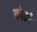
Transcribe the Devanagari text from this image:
कोरचे